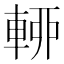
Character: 𨌡